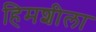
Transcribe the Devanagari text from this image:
हिमशीला